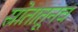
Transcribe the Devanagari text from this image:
स्रोतातूनच